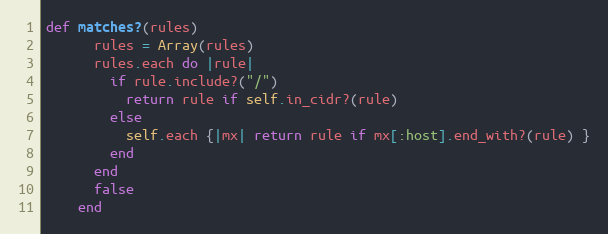
Language: Ruby
def matches?(rules)
      rules = Array(rules)
      rules.each do |rule|
        if rule.include?("/")
          return rule if self.in_cidr?(rule)
        else
          self.each {|mx| return rule if mx[:host].end_with?(rule) }
        end
      end
      false
    end